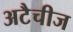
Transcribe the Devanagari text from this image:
अटैचीज